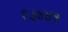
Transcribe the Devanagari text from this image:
१३४४१